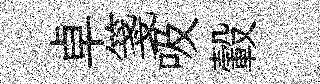
卓箋吸轂